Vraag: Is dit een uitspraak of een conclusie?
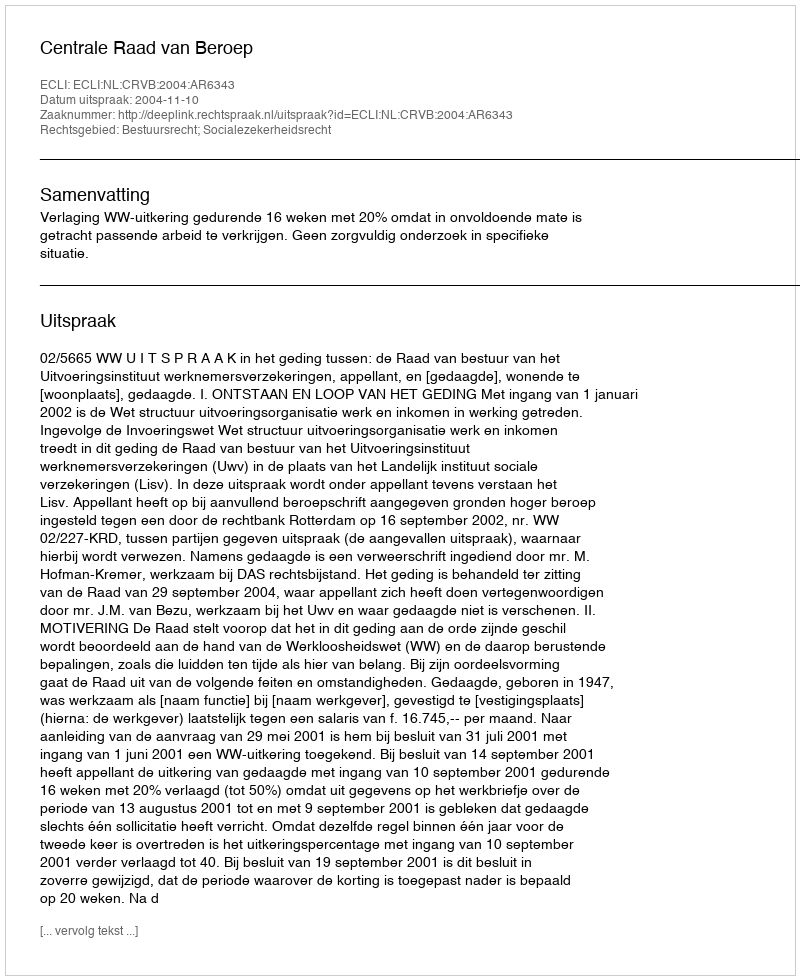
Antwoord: Uitspraak